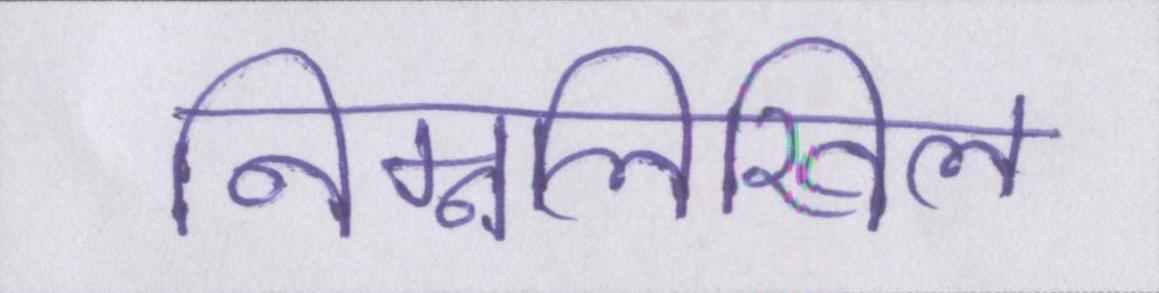
निम्नलिखिल